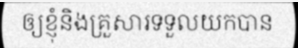
ឲ្យខ្ញុំនិងគ្រួសារទទួលយកបាន